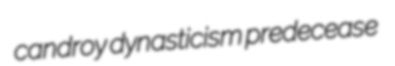
candroy dynasticism predecease